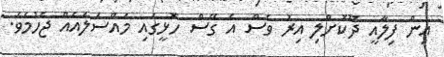
އިން ފިލާއީ ދޫކޮށްލި އިރު ވެސް އެ ގޭސް ހޮޅީގައި މައްސަލައެއް ޖެހުމެވެ.